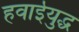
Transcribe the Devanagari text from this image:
हवाईयुद्ध